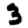
Digit: 3